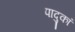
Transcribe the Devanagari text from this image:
पादुकां